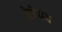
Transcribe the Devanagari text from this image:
ऐत्रेयय